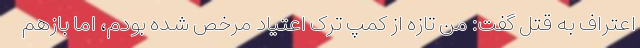
اعتراف به قتل گفت: من تازه از کمپ ترک اعتیاد مرخص شده بودم، اما بازهم